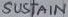
Text: SUSTAIN